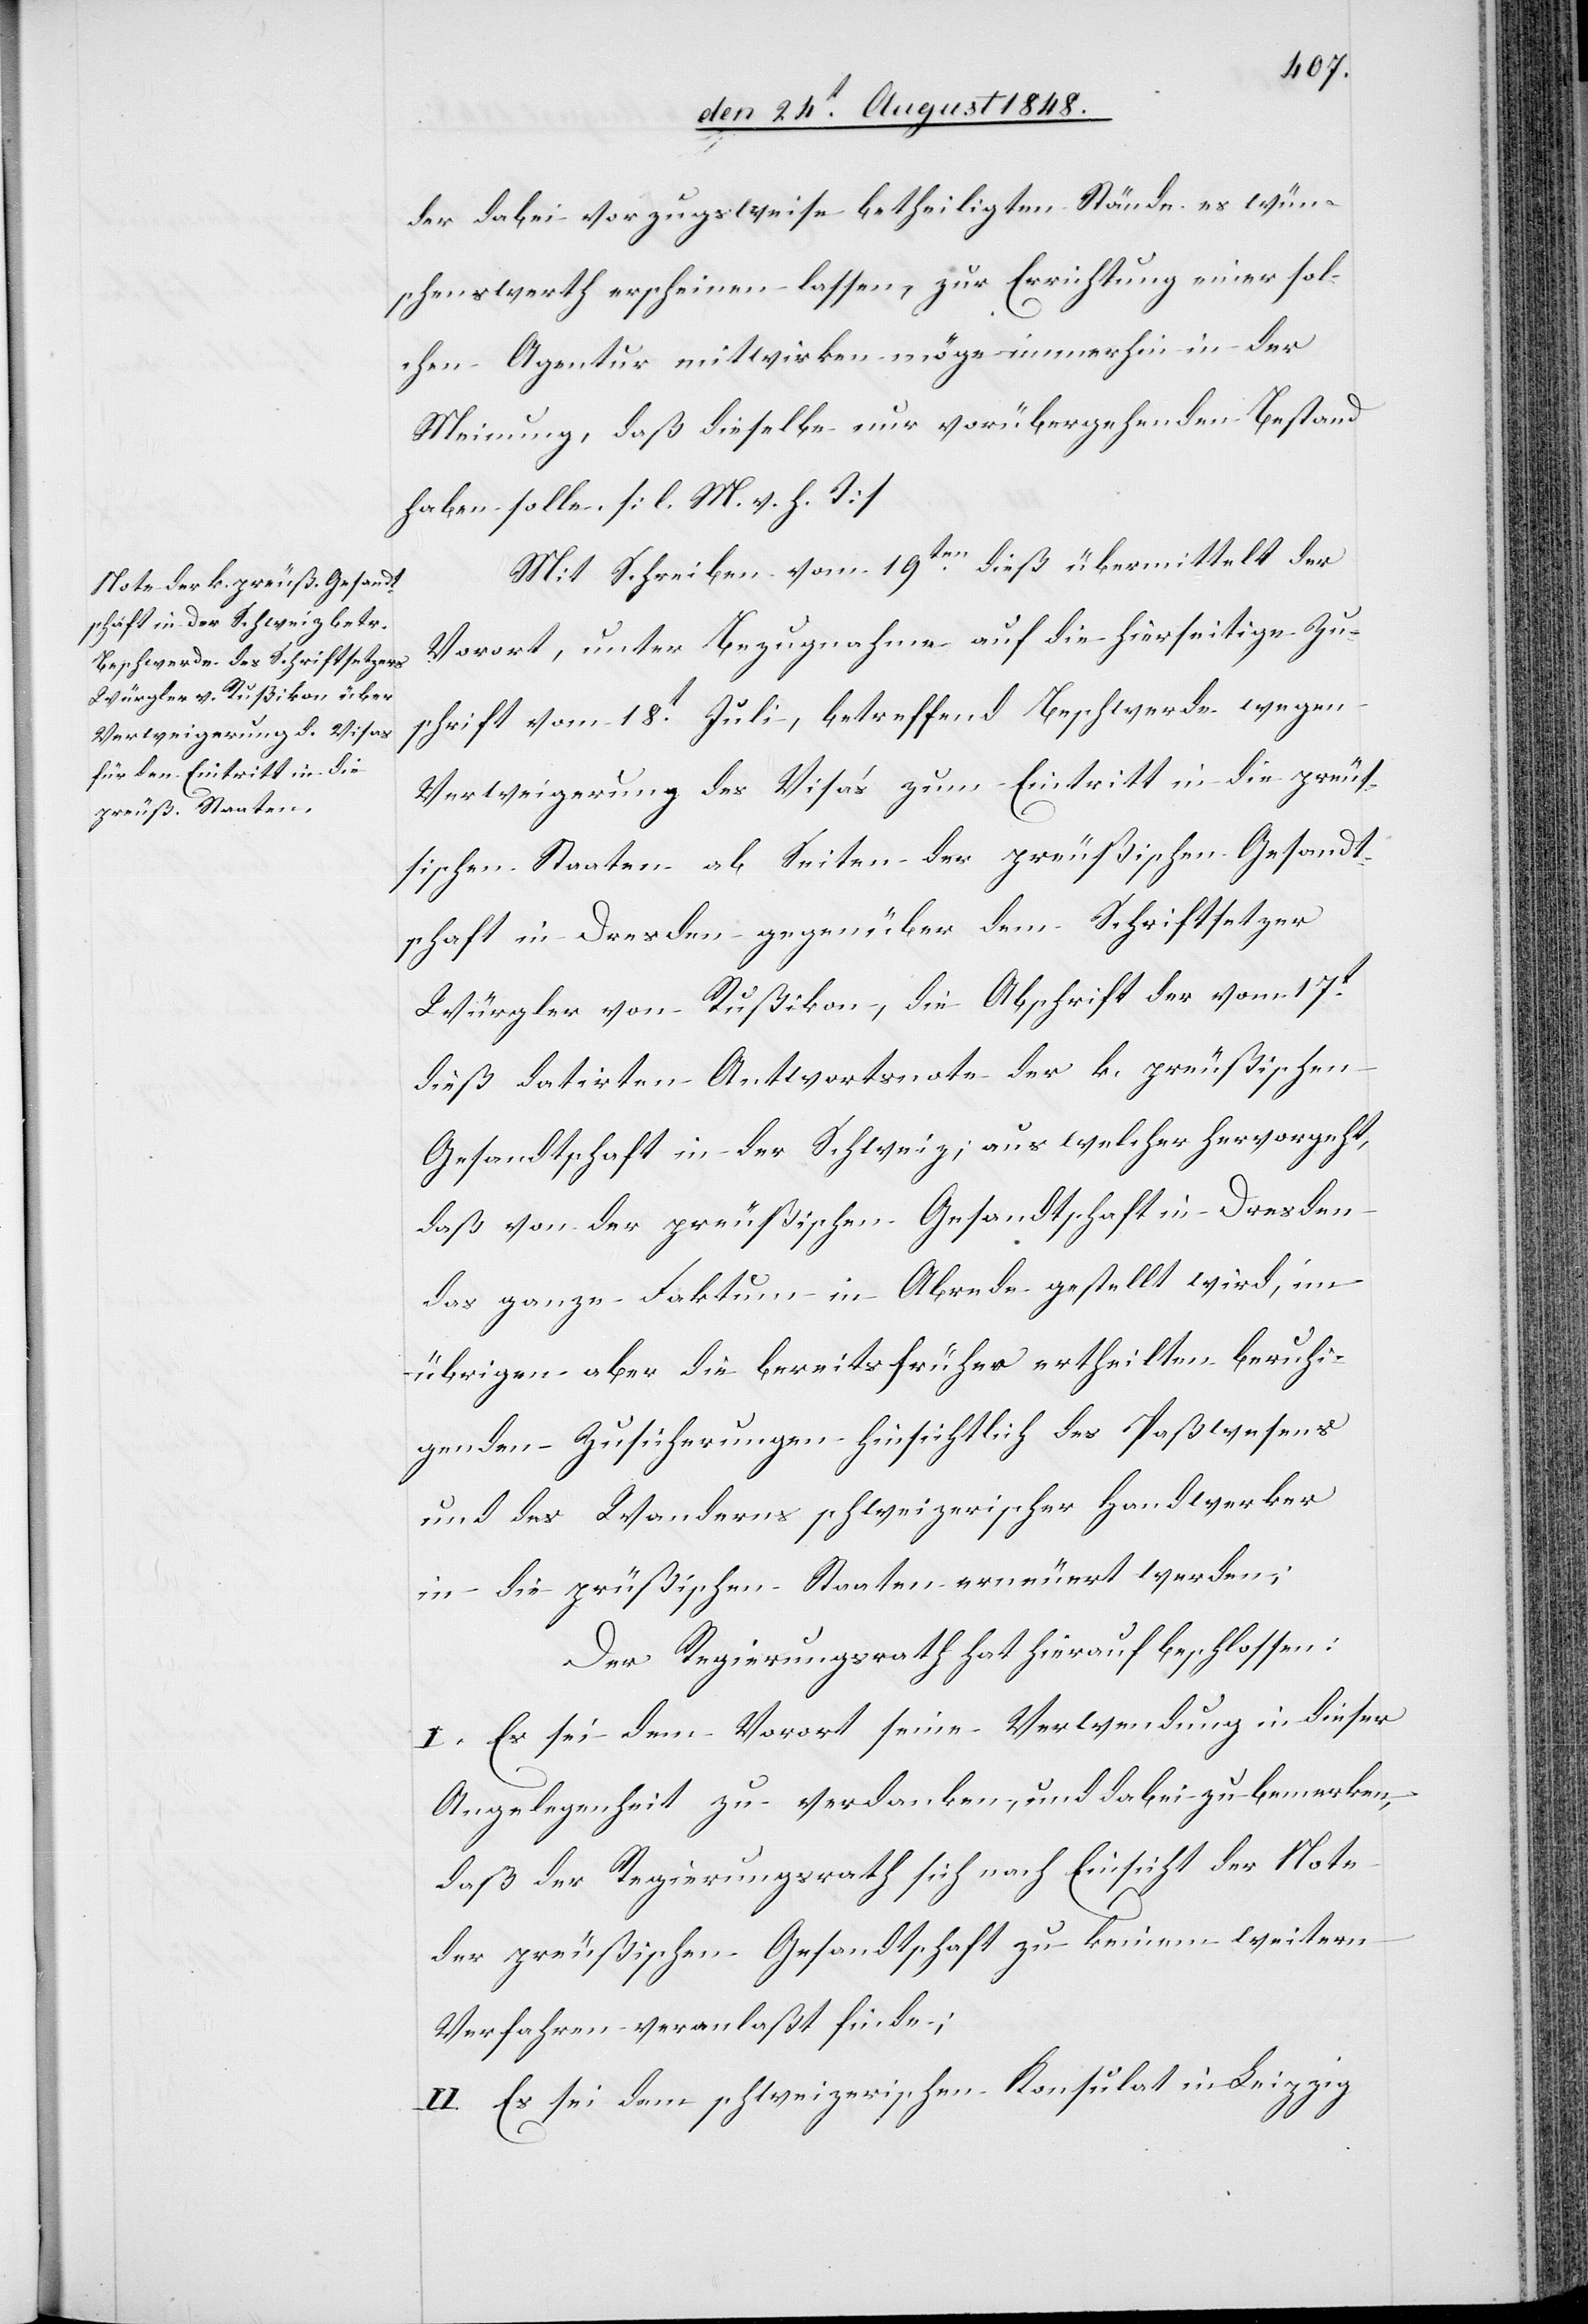
der dabei vorzugsweise betheiligten Stände es wün¬
schenswerth erscheinen lassen, zur Errichtung einer sol¬
chen Agentur mitwirken möge immerhin in der
Meinung, daß dieselbe nur vorübergehenden Bestand
haben solle. [l. M. v. h. T]
Mit Schreiben vom 19ten dieß übermittelt der
Vorort, unter Bezugnahme auf die hierseitige Zu¬
schrift vom 18t Juli, betreffend Beschwerde wegen
Verweigerung des Visa’s zum Eintritt in die preuß¬
ischen Staaten ab Seiten der preußischen Gesandt¬
schaft in Dresden gegenüber dem Schriftsetzter
Würgler von Rußikon, die Abschrift der vom 17t
dieß datirten Antwortsnote der k. preußischen
Gesandtschaft in der Schweiz, aus welcher hervorgeht,
daß von der preußischen Gesandtschaft in Dresden
das ganze Faktum in Abrede gestellt wird, im
übrigen aber die bereits früher ertheilten beruhi¬
genden Zusicherungen hinsichtlich des Paßwesens
und des Wanderns schweizerischer Handwerker
in die prüßischen [sic!] Staaten erneuert werden;
Der Regierungsrath hat hierauf beschlossen:
I. Es sei dem Vorort seine Verwendung in dieser
Angelegenheit zu verdanken, und dabei zu bemerken,
daß der Regierungsrath sich nach Einsicht der Note
der preußischen Gesandtschaft zu keinem weitern
Verfahren veranlaßt finde;
II. Es sei dem schweizerischen Konsulat in Leipzig